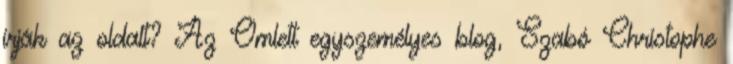
írják az oldalt? Az Omlett egyszemélyes blog, Szabó Christophe